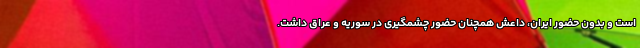
است و بدون حضور ایران، داعش همچنان حضور چشمگیری در سوریه و عراق داشت.